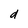
Character: d